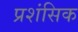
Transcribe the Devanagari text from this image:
प्रशंसिक